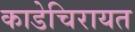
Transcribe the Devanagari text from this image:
काडेचिरायत